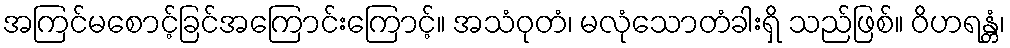
အကြင်မစောင့်ခြင်အကြောင်းကြောင့်။ အသံဝုတံ၊ မလုံသောတံခါးရှိ သည်ဖြစ်။ ဝိဟရန္တံ၊